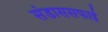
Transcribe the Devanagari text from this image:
संडाससफाई